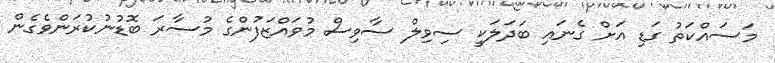
މަސައްކަތު ގަޑި އަށް ގެނައި ބަދަލަކީ ސިވިލް ސާވިސް މުވައްޒަފުންގެ މުސާރަ ބޮޑުނުކުރަންވެގެން